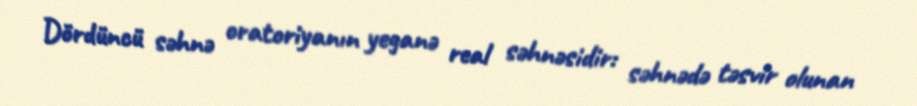
Dördüncü səhnə oratoriyanın yeganə real səhnəsidir: səhnədə təsvir olunan